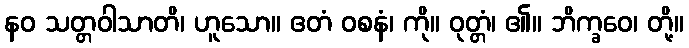
နဝ သတ္တဝါသာတိ၊ ဟူသော။ ဧတံ ဝစနံ၊ ကို။ ဝုတ္တံ၊ ၏။ ဘိက္ခဝေ၊ တို့။